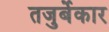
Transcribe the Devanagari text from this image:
तजुर्बेकार